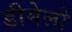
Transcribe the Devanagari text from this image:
डीमेलो